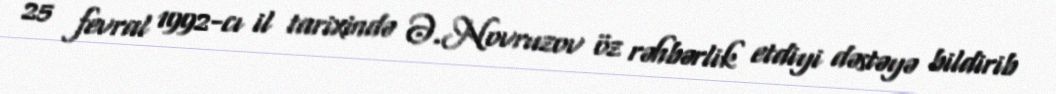
25 fevral 1992-cı il tarixində Ə.Novruzov öz rəhbərlik etdiyi dəstəyə bildirib